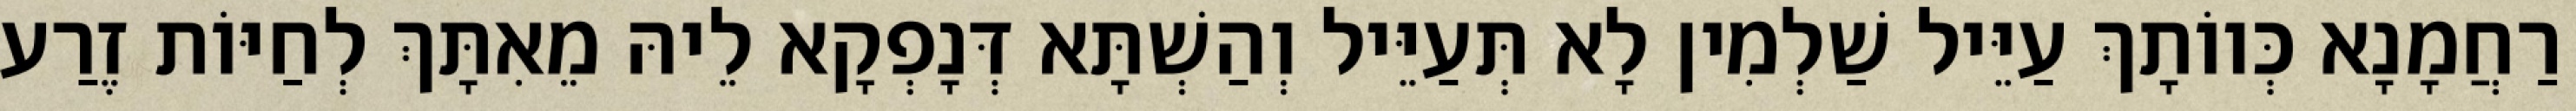
רַחֲמָנָא כְּווֹתָךְ עַיֵּיל שַׁלְמִין לָא תְּעַיֵּיל וְהַשְׁתָּא דְּנָפְקָא לֵיהּ מֵאִתָּךְ לְחַיּוֹת זֶרַע